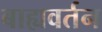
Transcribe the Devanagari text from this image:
बाह्यवर्तन